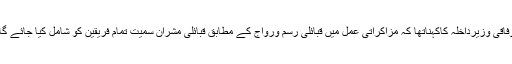
وفاقی وزیرداخلہ کاکہناتھا کہ مزاکراتی عمل میں قبائلی رسم ورواج کے مطابق قبائلی مشران سمیت تمام فریقین کو شامل کیا جائے گا۔